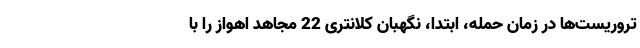
تروریست‌ها در زمان حمله، ابتدا، نگهبان کلانتری 22 مجاهد اهواز را با